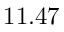
1 1 . 4 7